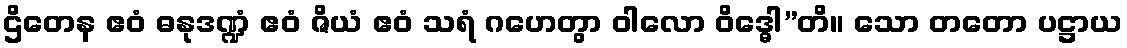
ဌိတေန ဧဝံ ဓနုဒဏ္ဍံ ဧဝံ ဇိယံ ဧဝံ သရံ ဂဟေတွာ ဝါလော ဝိဒ္ဓေါ”တိ။ သော တတော ပဋ္ဌာယ